Source: Handwritten
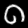
Digit: ၈ (8)